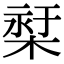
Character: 𣕓